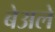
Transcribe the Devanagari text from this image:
बेअले